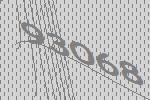
93068